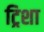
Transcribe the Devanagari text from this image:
ट्रिशा